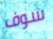
سوف